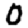
Digit: 0